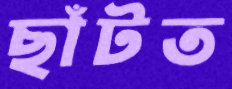
ছাঁটত